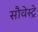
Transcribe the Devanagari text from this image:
सौवेस्ट्रे